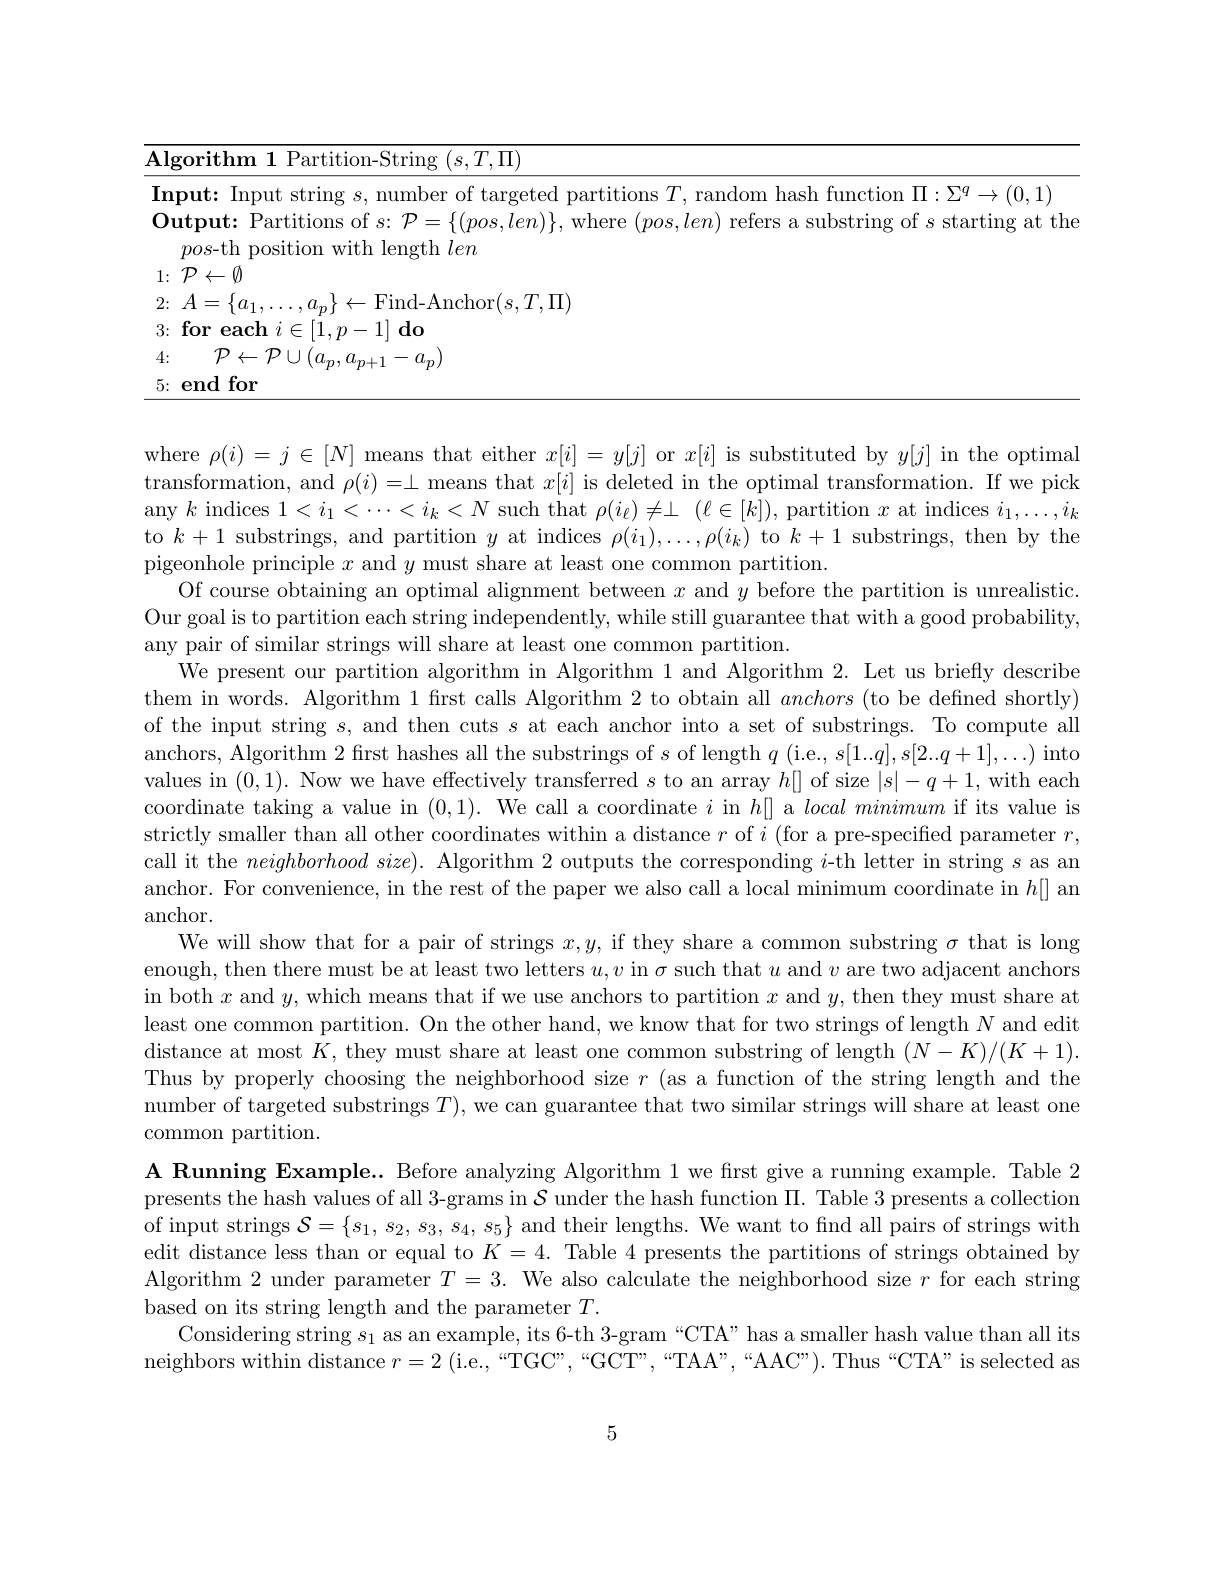
<table>
	<tbody>
		<tr>
			<td>$\mathbf{Al}$</td>
			<td>orithm 1 Partition-String $(s,T,\Pi)$</td>
		</tr>
		<tr>
			<td>$Ir$ </td>
			<td>$\rightarrow(0,1$</td>
		</tr>
		<tr>
			<td>2</td>
			<td>$\operatorname{ld-Anchor}(s,T,\Pi)$</td>
		</tr>
		<tr>
			<td>3</td>
			<td>for each $i\in [ 1, p- 1] \textbf{do}$</td>
		</tr>
		<tr>
			<td>4: .</td>
			<td>$\mathcal{P}\leftarrow\mathcal{P}\cup(a_{p},a_{p+1}-a_{p})$</td>
		</tr>
		<tr>
			<td>5</td>
			<td>end for</td>
		</tr>
	</tbody>
</table>

where $\rho(i)=j\in[N]$ means that either $x[i]=y[j]$ or $x[i]$ is substituted by $y[j]$ in the optimal transformation, and $\rho(i)=\bot$ means that $x[i]$ is deleted in the optimal transformation. If we pick any $k$ indices $1<i_1<\cdots<i_k<N$ such that $\rho ( i_\ell ) \neq \bot$ $( \ell \in [ k] ) $, partition $x$ at indices $i_1,\ldots,i_k$ to $k+1$ substrings, and partition $y$ at indices $\rho(i_1),\ldots,\rho(i_k)$ to $k+1$ substrings, then by the pigeonhole principle $x$ and $y$ must share at least one common partition.
Of course obtaining an optimal alignment between $x$ and $y$ before the partition is unrealistic. Our goal is to partition each string independently, while still guarantee that with a good probability, any pair of similar strings will share at least one common partition.
We present our partition algorithm in Algorithm 1 and Algorithm 2. Let us briefly describe them in words. Algorithm 1 first calls Algorithm 2 to obtain all anchors (to be defined shortly) of the input string $s$, and then cuts $s$ at each anchor into a set of substrings. To compute all anchors, Algorithm 2 first hashes all the substrings of $s$ of length $q$ (i.e., $s[1...q],s[2...q+1],\ldots)$ into values in (0,1). Now we have effectively transferred $s$ to an array $h[]$ of size $|s|-q+1$, with each coordinate taking a value in (0,1). We call a coordinate $i$ in $h[]$ a $local\textit{minimum if its value is}$ strictly smaller than all other coordinates within a distance $r$ of $i$( for a pre- specified parameter $r$, call it the $neighborhood\textit{ size}) .$ Algorithm 2 outputs the corresponding $i$-th letter in string $s$ as an anchor. For convenience, in the rest of the paper we also call a local minimum coordinate in $h[]$ an anchor.
We will show that for a pair of strings $x,y$, if they share a common substring $\sigma$ that is long enough, then there must be at least two letters $u,v$ in $\sigma$ such that $u$ and $v$ are two adjacent anchors in both $x$ and $y$,which means that if we use anchors to partition $x$ and $y$, then they must share at least one common partition. On the other hand, we know that for two strings of length $N$ and edit distance at most $K$, they must share at least one common substring of length $(N-K)/(K+1).$ Thus by properly choosing the neighborhood size $r$ (as a function of the string length and the number of targeted substrings $T)$, we can guarantee that two similar strings will share at least one common partition.
A Running Example.. Before analyzing Algorithm 1 we frst give a running example. Table 2 presents the hash values of all 3-grams in $\mathcal{S}$ under the hash function $\Pi.$ Table 3 presents a collection of input strings $\mathcal{S}=\{s_1,s_2,s_3,s_4,s_5\}$ and their lengths. We want to fnd all pairs of strings with edit distance less than or equal to $K=4.$ Table 4 presents the partitions of strings obtained by Algorithm 2 under parameter $T=3.$ We also calculate the neighborhood size $r$ for each string based on its string length and the parameter $T.$
Considering string $s_1$ as an example, its 6-th 3-gram “CTA” has a smaller hash value than all its neighbors within distance $r= 2$ ( i. e. , “ TGC" , “ GCT" , “ TAA" , “ AAC" ) . Thus “ CTA" is selected as

5